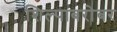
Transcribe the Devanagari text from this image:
शिल्पाबरोबर